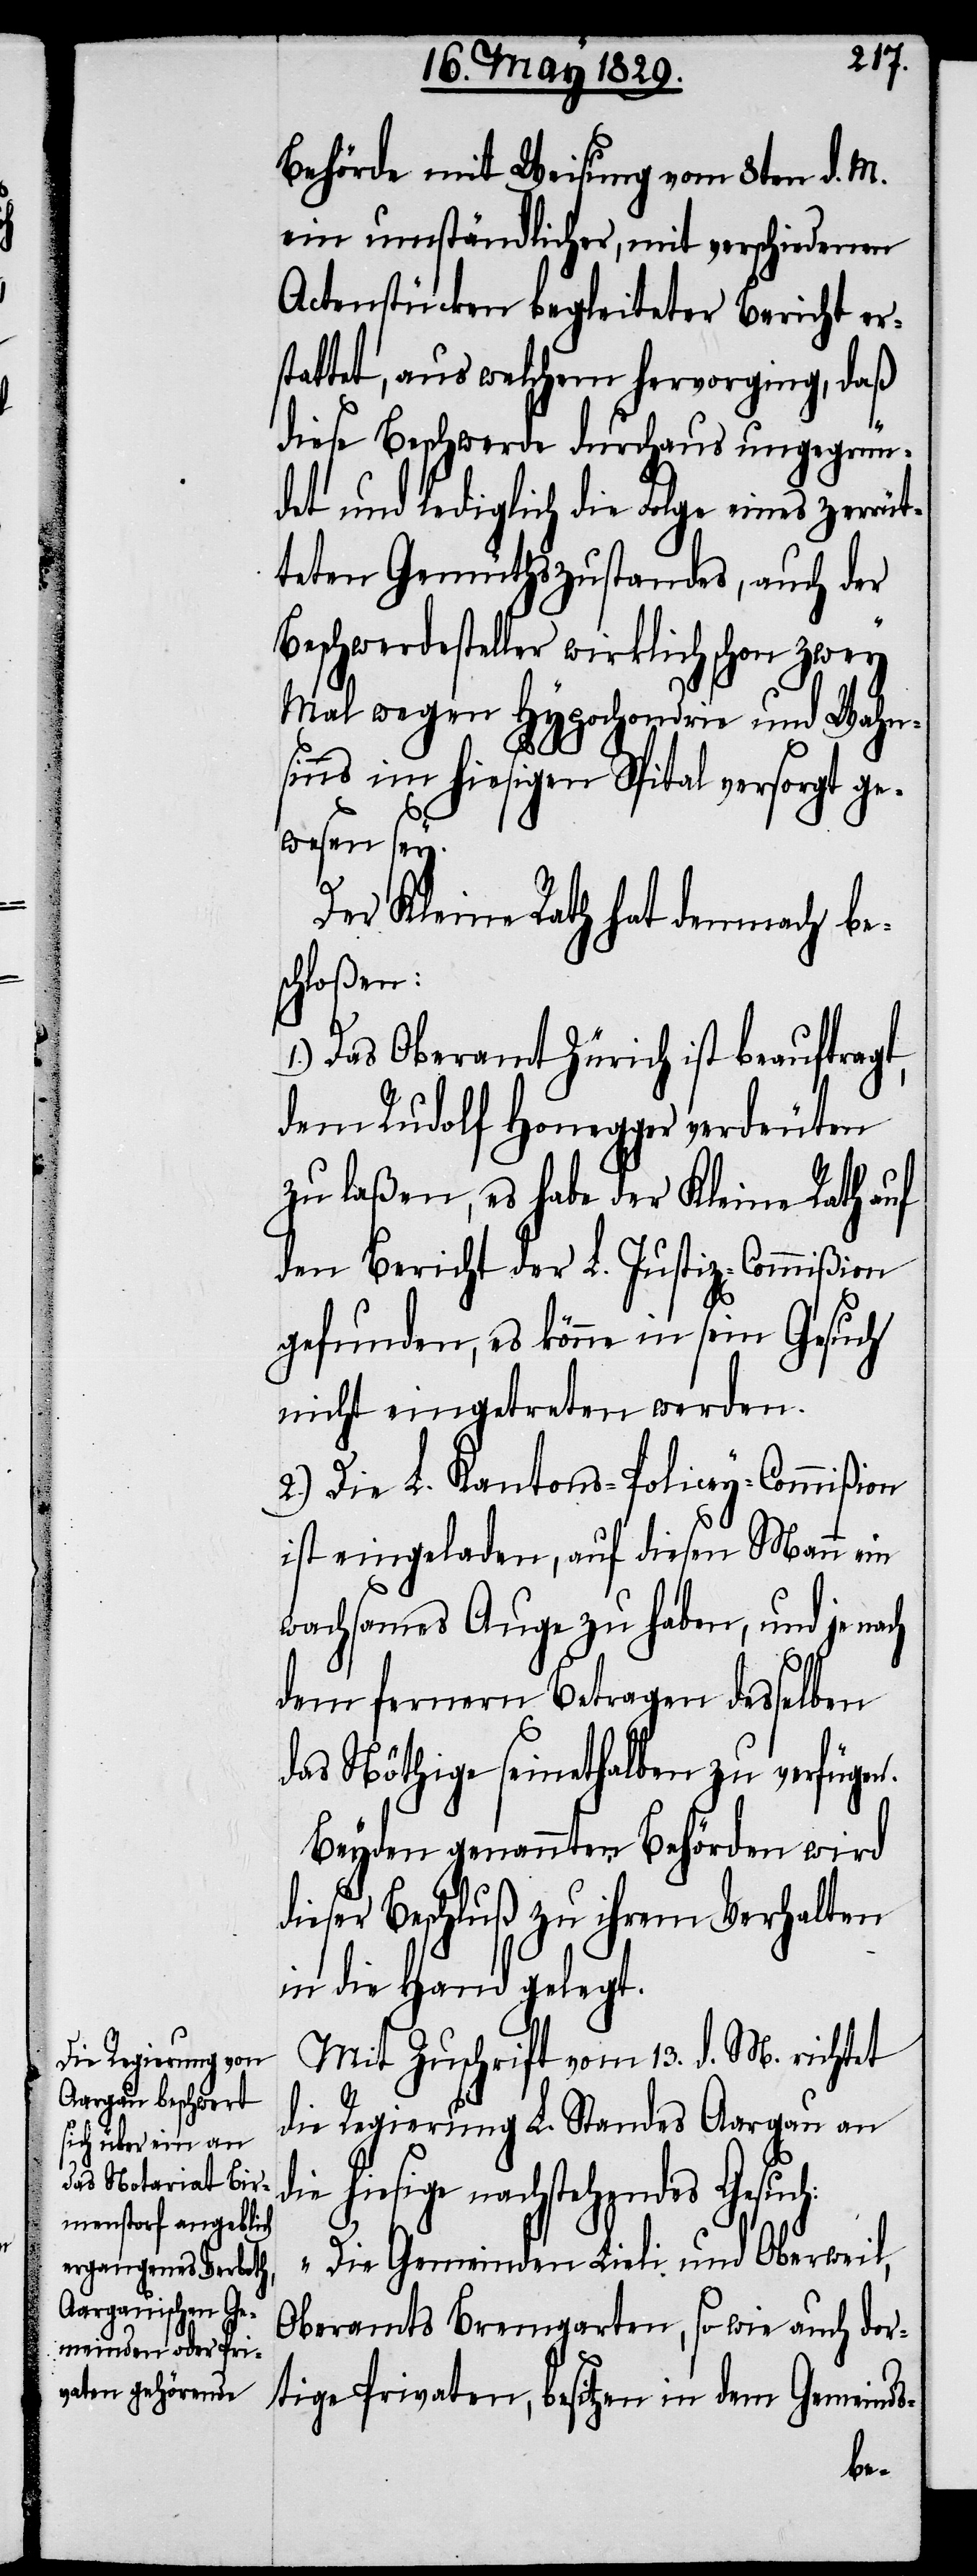
Behörde mit Weisung vom 8ten d. M.
ein umständlicher, mit verschiedenen
Actenstücken begleiteter Bericht er¬
stattet, aus welchem hervorging, daß
dieses Beschwerde durchaus ungegrün¬
det und lediglich die Folge eines zerrüt¬
teten Gemüthszustandes, auch der
Beschwerdesteller wirklich schon zwey
Mal wegen Hypochondrie und Wahn¬
sinns im hiesigen Spital versorgt ge¬
wesen sey.
Der Kleine Rath hat demnach be¬
schloßen:
1.) Das Oberamt Zürich ist beauftragt,
dem Rudolf Honegger verdeuten
zu laßen, es habe der Kleine Rath auf
den Bericht der L. Justiz-Commißion
gefunden, es könne in sein Gesuch
nicht eingetreten werden.
2.) Die L. Kantons-Policey-Commißion
ist eingeladen, auf diesen Mann ein
wachsames Auge zu haben, und je nach
dem fernern Betragen desselben
das Nöthige seinethalben zu verfügen.
Beyden genannten Behörden wird
dieser Beschluß zu ihrem Verhalten
in die Hand gelegt.
Mit Zuschrift vom 13. d. M. richtet
die Regierung L. Standes Aargau an
hiesige nachstehendes Gesuc¬
„Die Gemeinden Lieli und Oberweil,
Oberamts Bremgarten, so wie auch dor¬
tige Privaten, besitzen in dem Gemeinds-
h: